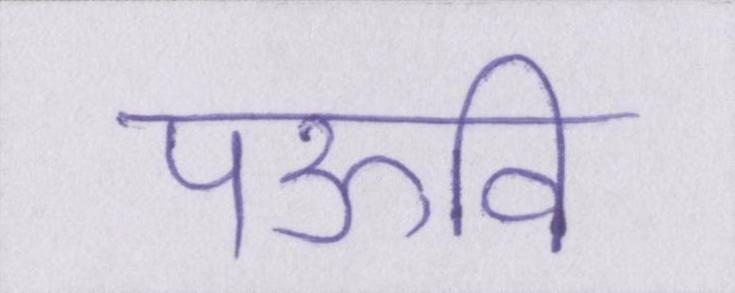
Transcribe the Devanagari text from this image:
पऊवि